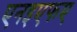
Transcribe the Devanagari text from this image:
एनइएफए